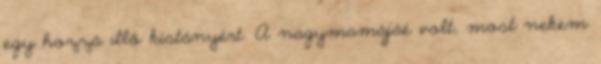
egy hozzá illő kistányért. A nagymamájáé volt, most nekem